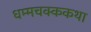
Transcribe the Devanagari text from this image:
धम्मचक्ककथा